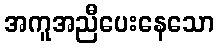
အကူအညီပေးနေသော